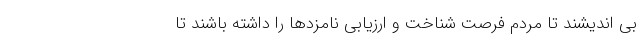
بی اندیشند تا مردم فرصت شناخت و ارزیابی نامزدها را داشته باشند تا